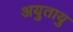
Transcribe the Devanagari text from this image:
अयुतायु